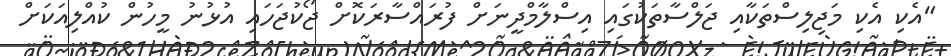
"އެކި އެކި މަޖިލިސްތަކާއި ޖަލްސާތަކުގައި އިސްލާމްދީނަށް ފުރައްސާރަކޮށް ޖޯކުޖަހައި އުޅުނު މީހުން ކުއްލިއަކަށް